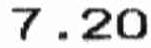
7.20